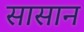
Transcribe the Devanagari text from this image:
सासान